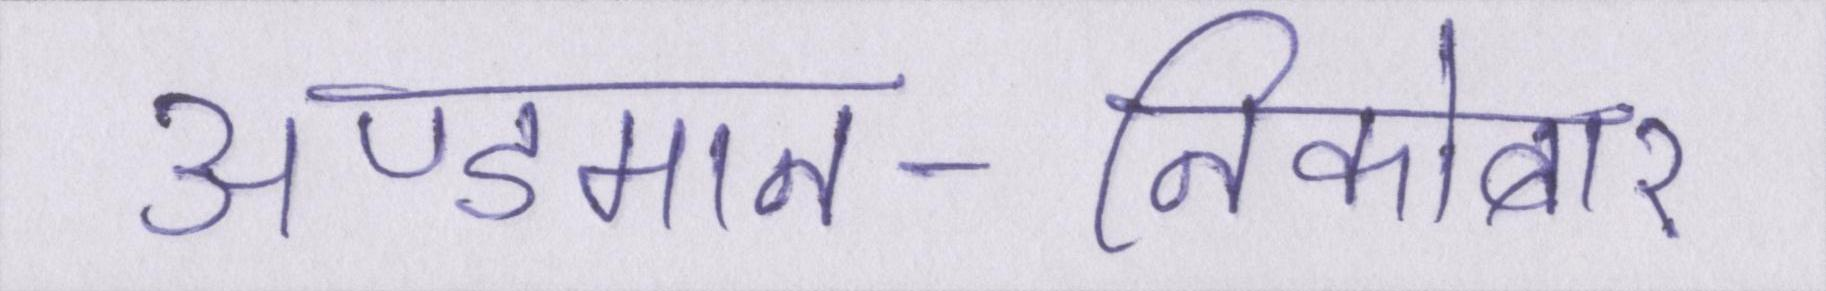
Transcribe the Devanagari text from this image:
अण्डमान-निकोबार